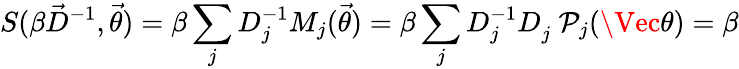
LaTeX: S(\beta\vec{D}^{-1},\vec{\theta})=\beta\sum_{j}D_{j}^{-1}M_{j}(\vec{\theta})=\beta\sum_{j}D_{j}^{-1}D_{j}^{\phantom{-}}\mathcal{P}_{j}(\Vec{\theta})=\beta